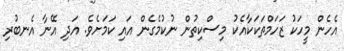
އެހެން މީހަކު ޒަހަމްތަކަކާއެކު މިސްކިތުން ނުކުމެގެން އައި ކަމަށެވެ. އަދި އޭނާ އެނބުރި